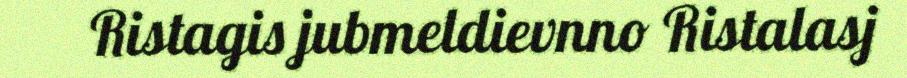
Ristagis jubmeldievnno Ristalasj